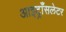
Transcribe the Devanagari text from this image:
आइट्राँसलेटर